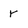
Character: Y